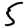
Digit: 5